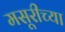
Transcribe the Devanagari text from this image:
मसूरीच्या